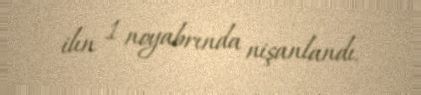
ilın 1 noyabrında nişanlandı.